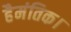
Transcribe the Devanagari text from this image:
हैमंतिक।